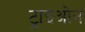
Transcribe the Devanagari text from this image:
ट्राइओन